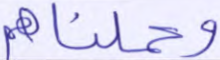
وحملناهم